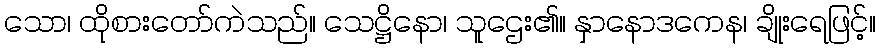
သော၊ ထိုစားတော်ကဲသည်။ သေဋ္ဌိနော၊ သူဌေး၏။ နှာနောဒကေန၊ ချိုးရေဖြင့်။